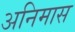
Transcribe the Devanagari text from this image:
अनिमास